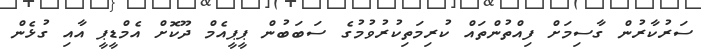
ސަރުކާރުން ގާސިމަށް ފިއްތުންތައް ކުރިމަތިކުރުވުމުގެ ސަބަބުން ޕީޕީއެމް ދޫކޮށް އެމްޑީޕީ އާއި ގުޅެން